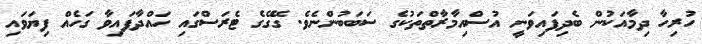
ހުރިހާ ދިމާއަކުން ބެދިފައިވަނީ އުސްއިމާރާތްތަކުގެ ސަބަބުންނެވެ. ގޭގޭގެ ޓެރަސްގައި ހައްދާފައިވާ ގަހެއް ފިޔަވައި